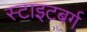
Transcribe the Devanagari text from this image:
स्टाइटबर्ग